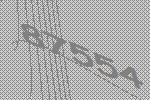
87554